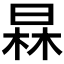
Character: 𣇰